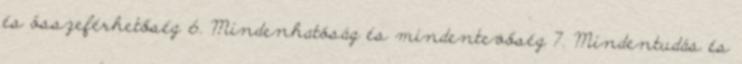
és összeférhetőség 6. Mindenhatóság és mindentevőség 7. Mindentudás és